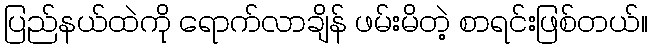
ပြည်နယ်ထဲကို ရောက်လာချိန် ဖမ်းမိတဲ့ စာရင်းဖြစ်တယ်။